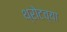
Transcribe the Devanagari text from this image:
थ्रोटच्या